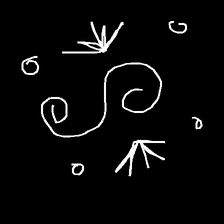
Glyph: aeroform